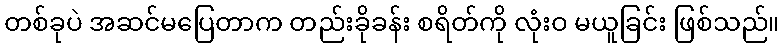
တစ်ခုပဲ အဆင်မပြေတာက တည်းခိုခန်း စရိတ်ကို လုံးဝ မယူခြင်း ဖြစ်သည်။